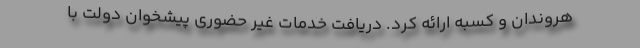
هروندان و کسبه ارائه کرد. دریافت خدمات غیر حضوری پیشخوان دولت با